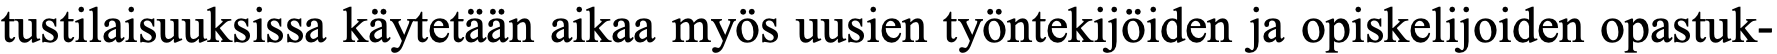
tustilaisuuksissa käytetään aikaa myös uusien työntekijöiden ja opiskelijoiden opastuk-